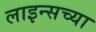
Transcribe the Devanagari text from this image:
लाइन्सच्या